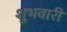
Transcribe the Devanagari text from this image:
शुभवारी